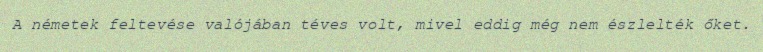
A németek feltevése valójában téves volt, mivel eddig még nem észlelték őket.